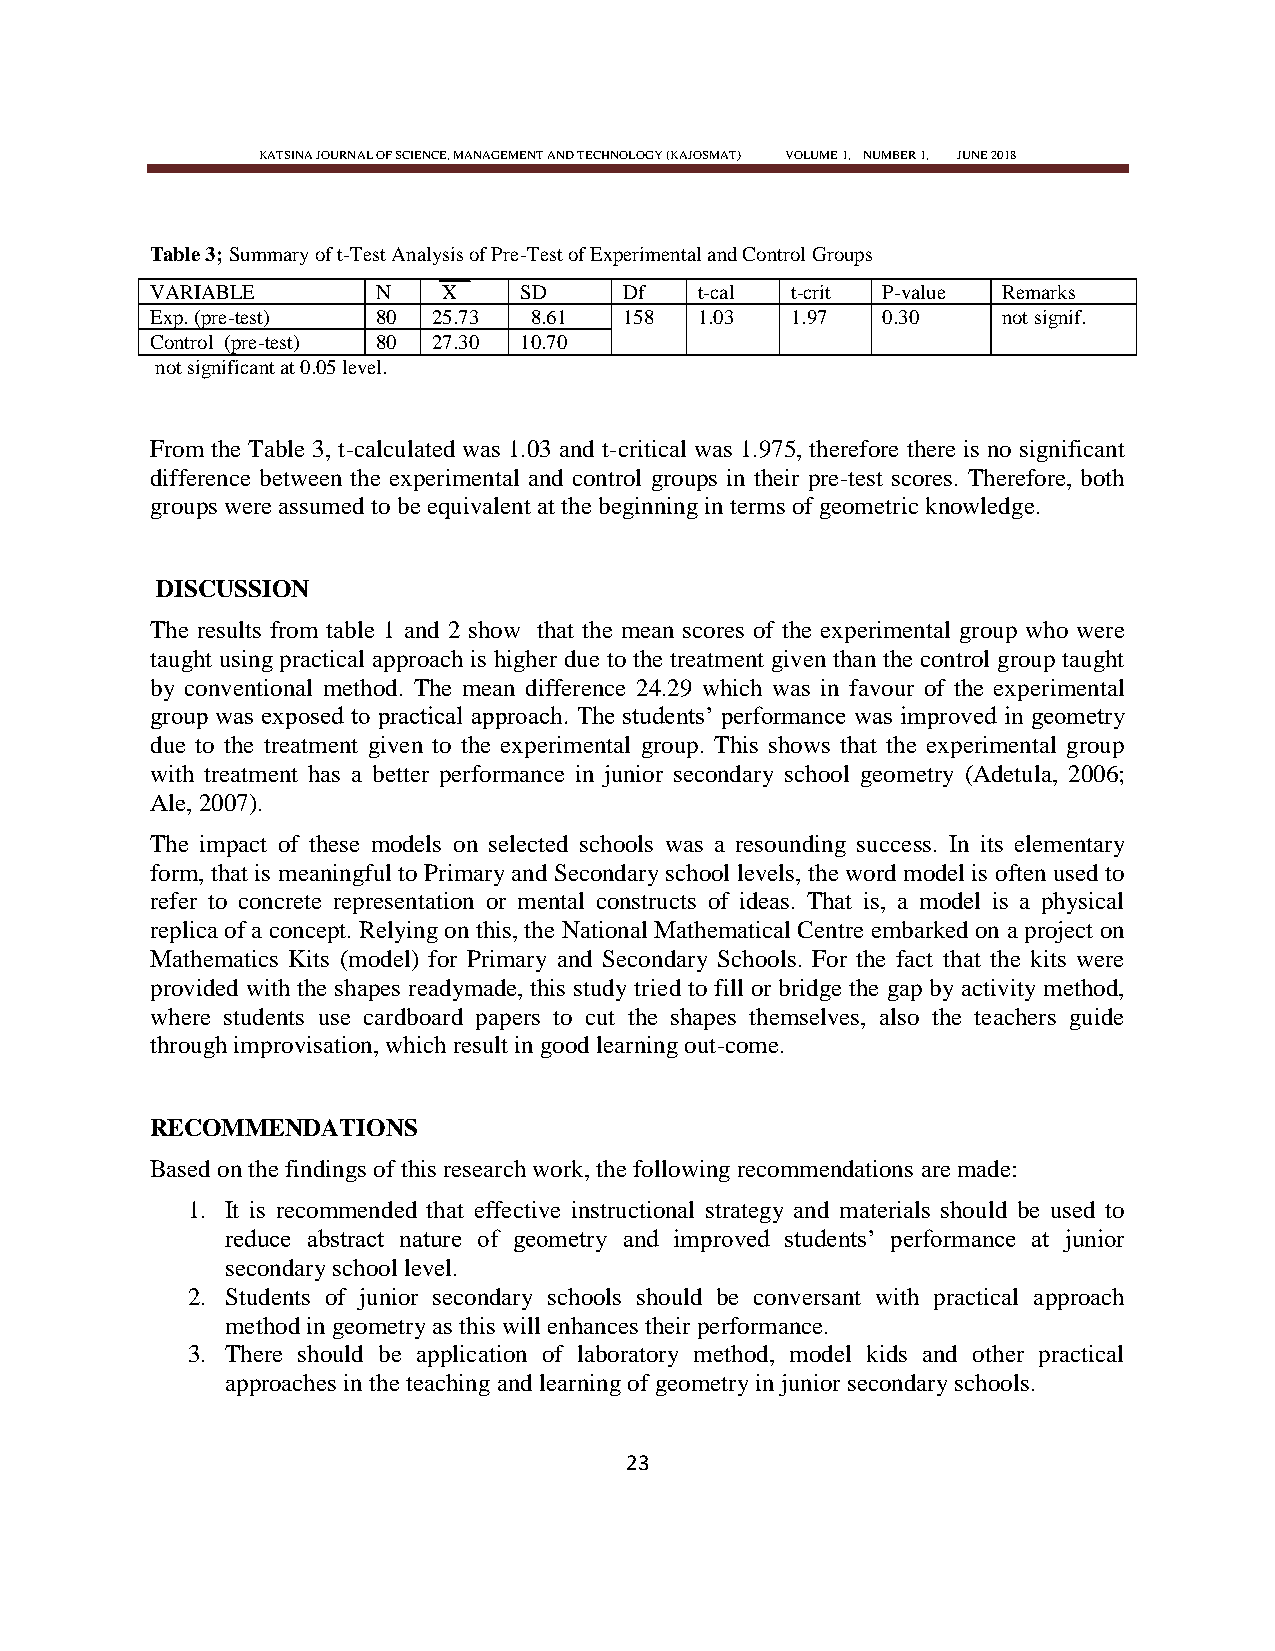
KATSINA JOURNAL OF SCIENCE, MANAGEMENT AND TECHNOLOGY (KAJOSMAT) VOLUME 1, NUMBER 1, JUNE 2018
 Table 3; Summary of t-Test Analysis of Pre-Test of Experimental and Control Groups
 VARIABLE       N   X    SD     Df   t-cal t-crit P-value Remarks
 Exp. (pre-test) 80 25.73 8.61  158  1.03  1.97  0.30    not signif.
 Control (pre-test) 80 27.30 10.70
 not significant at 0.05 level.
 From the Table 3, t-calculated was 1.03 and t-critical was 1.975, therefore there is no significant
 difference between the experimental and control groups in their pre-test scores. Therefore, both
 groups were assumed to be equivalent at the beginning in terms of geometric knowledge.
 DISCUSSION
 The results from table 1 and 2 show that the mean scores of the experimental group who were
 taught using practical approach is higher due to the treatment given than the control group taught
 by conventional method. The mean difference 24.29 which was in favour of the experimental
 group was exposed to practical approach. The students‘ performance was improved in geometry
 due to the treatment given to the experimental group. This shows that the experimental group
 with treatment has a better performance in junior secondary school geometry (Adetula, 2006;
 Ale, 2007).
 The impact of these models on selected schools was a resounding success. In its elementary
 form, that is meaningful to Primary and Secondary school levels, the word model is often used to
 refer to concrete representation or mental constructs of ideas. That is, a model is a physical
 replica of a concept. Relying on this, the National Mathematical Centre embarked on a project on
 Mathematics Kits (model) for Primary and Secondary Schools. For the fact that the kits were
 provided with the shapes readymade, this study tried to fill or bridge the gap by activity method,
 where students use cardboard papers to cut the shapes themselves, also the teachers guide
 through improvisation, which result in good learning out-come.
 RECOMMENDATIONS
 Based on the findings of this research work, the following recommendations are made:
 1. It is recommended that effective instructional strategy and materials should be used to
 reduce abstract nature of geometry and improved students‘ performance at junior
 secondary school level.
 2. Students of junior secondary schools should be conversant with practical approach
 method in geometry as this will enhances their performance.
 3. There should be application of laboratory method, model kids and other practical
 approaches in the teaching and learning of geometry in junior secondary schools.
 23